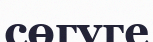
сөгуге